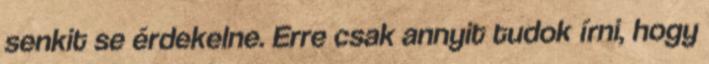
senkit se érdekelne. Erre csak annyit tudok írni, hogy